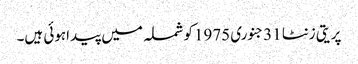
پریتی زنٹا 31جنوری 1975کوشملہ میں پیداہوئی ہیں۔